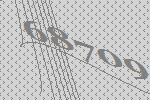
68709